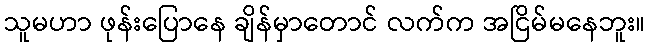
သူမဟာ ဖုန်းပြောနေ ချိန်မှာတောင် လက်က အငြိမ်မနေဘူး။